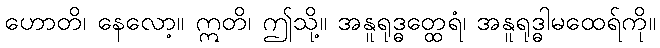
ဟောတိ၊ နေလော့။ ဣတိ၊ ဤသို့။ အနူရုဒ္ဓတ္ထေရံ၊ အနူရုဒ္ဓါမထေရ်ကို။